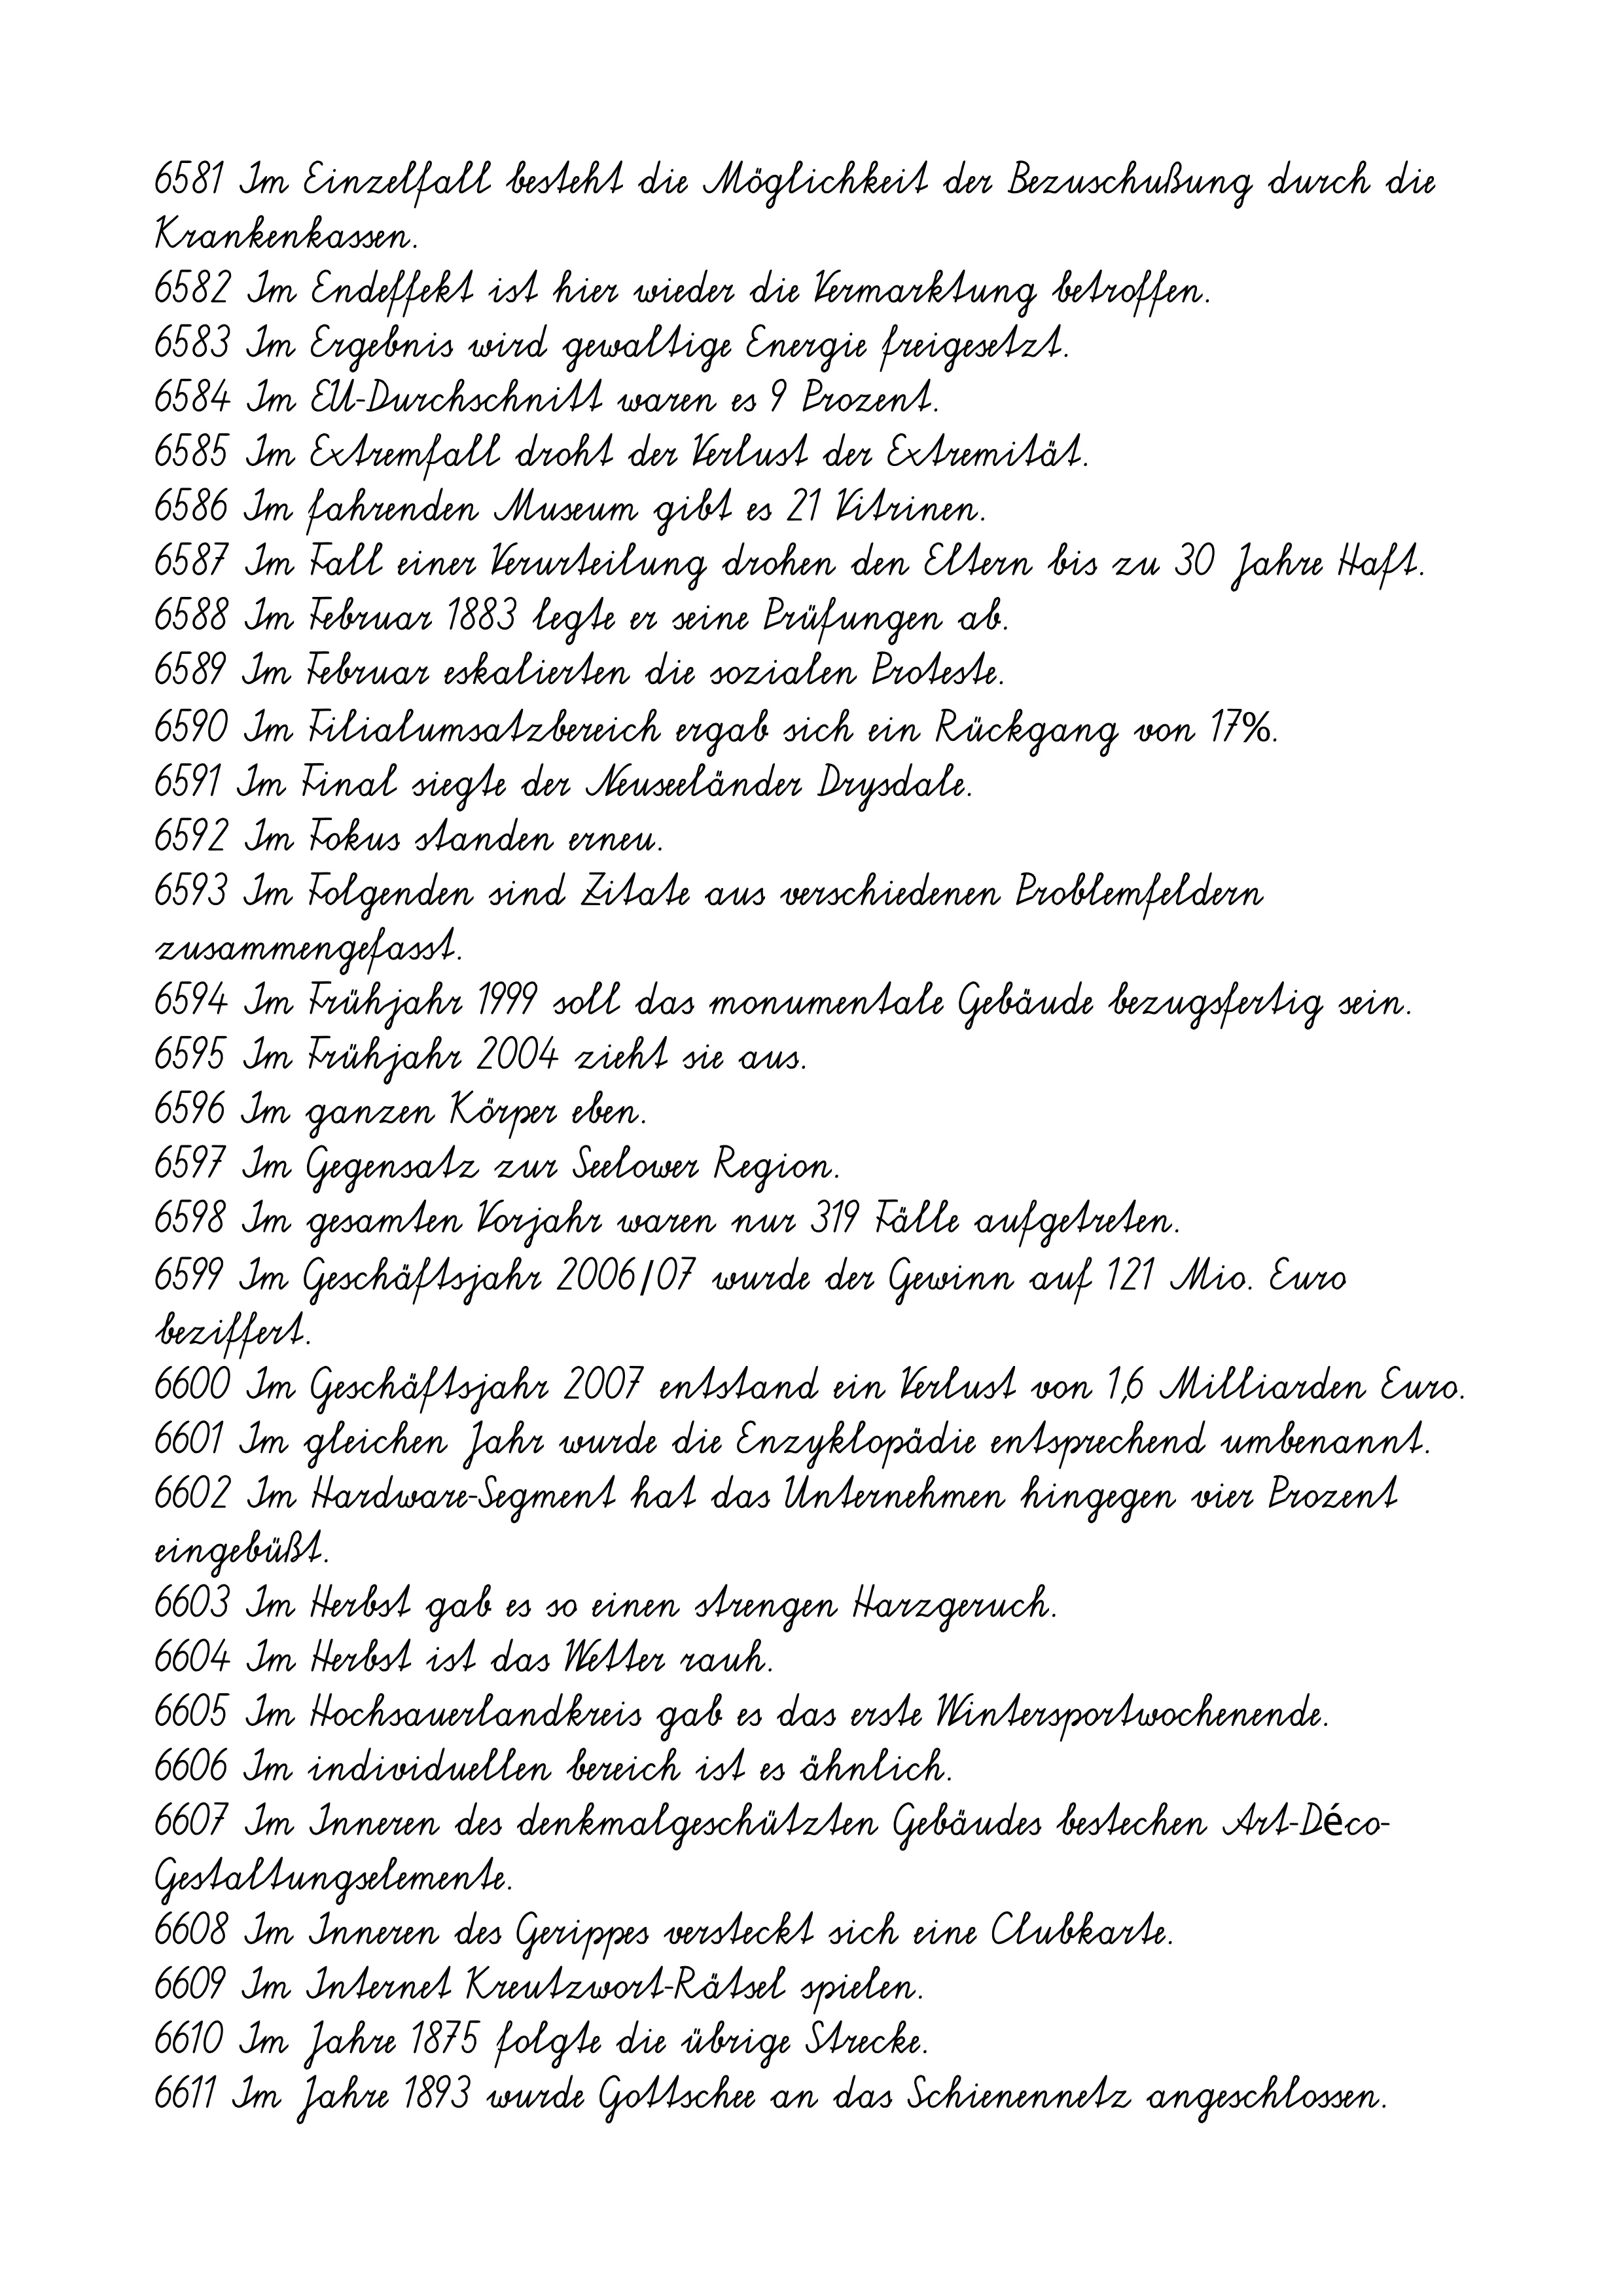
6581 Im Einzelfall besteht die Möglichkeit der Bezuschußung durch die
Krankenkassen.
6582 Im Endeffekt ist hier wieder die Vermarktung betroffen.
6583 Im Ergebnis wird gewaltige Energie freigesetzt.
6584 Im EU-Durchschnitt waren es 9 Prozent.
6585 Im Extremfall droht der Verlust der Extremität.
6586 Im fahrenden Museum gibt es 21 Vitrinen.
6587 Im Fall einer Verurteilung drohen den Eltern bis zu 30 Jahre Haft.
6588 Im Februar 1883 legte er seine Prüfungen ab.
6589 Im Februar eskalierten die sozialen Proteste.
6590 Im Filialumsatzbereich ergab sich ein Rückgang von 17%.
6591 Im Final siegte der Neuseeländer Drysdale.
6592 Im Fokus standen erneu.
6593 Im Folgenden sind Zitate aus verschiedenen Problemfeldern
zusammengefasst.
6594 Im Frühjahr 1999 soll das monumentale Gebäude bezugsfertig sein.
6595 Im Frühjahr 2004 zieht sie aus.
6596 Im ganzen Körper eben.
6597 Im Gegensatz zur Seelower Region.
6598 Im gesamten Vorjahr waren nur 319 Fälle aufgetreten.
6599 Im Geschäftsjahr 2006/07 wurde der Gewinn auf 121 Mio. Euro
beziffert.
6600 Im Geschäftsjahr 2007 entstand ein Verlust von 1,6 Milliarden Euro.
6601 Im gleichen Jahr wurde die Enzyklopädie entsprechend umbenannt.
6602 Im Hardware-Segment hat das Unternehmen hingegen vier Prozent
eingebüßt.
6603 Im Herbst gab es so einen strengen Harzgeruch.
6604 Im Herbst ist das Wetter rauh.
6605 Im Hochsauerlandkreis gab es das erste Wintersportwochenende.
6606 Im individuellen bereich ist es ähnlich.
6607 Im Inneren des denkmalgeschützten Gebäudes bestechen Art-Déco-
Gestaltungselemente.
6608 Im Inneren des Gerippes versteckt sich eine Clubkarte.
6609 Im Internet Kreutzwort-Rätsel spielen.
6610 Im Jahre 1875 folgte die übrige Strecke.
6611 Im Jahre 1893 wurde Gottschee an das Schienennetz angeschlossen.